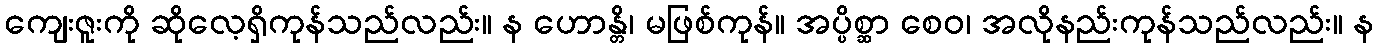
ကျေးဇူးကို ဆိုလေ့ရှိကုန်သည်လည်း။ န ဟောန္တိ၊ မဖြစ်ကုန်။ အပ္ပိစ္ဆာ စေဝ၊ အလိုနည်းကုန်သည်လည်း။ န